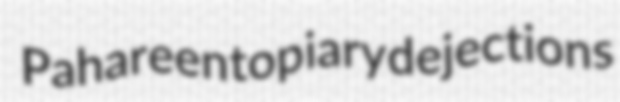
Pahareen topiary dejections